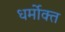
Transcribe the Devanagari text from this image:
धर्मोक्त